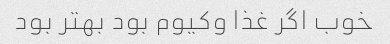
خوب اگر غذا وکیوم بود بهتر بود